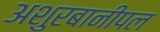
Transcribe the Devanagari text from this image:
अशुरबानीपल